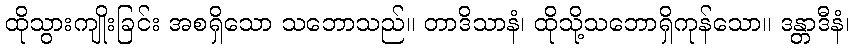
ထိုသွားကျိုးခြင်း အစရှိသော သဘောသည်။ တာဒိသာနံ၊ ထိုသို့သဘောရှိကုန်သော။ ဒန္တာဒီနံ၊